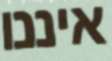
איננו